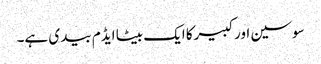
سوسین اورکبیرکا ایک بیٹا ایڈم بیدی ہے۔